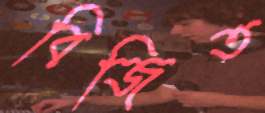
বিজিত